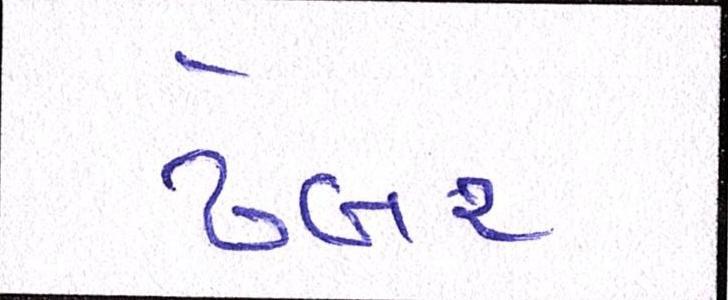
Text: ઢેબર